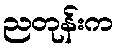
ညတုန်းက